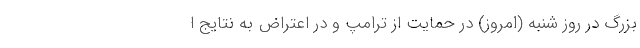
بزرگ در روز شنبه (امروز) در حمایت از ترامپ و در اعتراض به نتایج ا